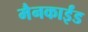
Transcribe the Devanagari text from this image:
मैनकाईंड